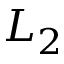
L _ { 2 }